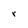
Character: r